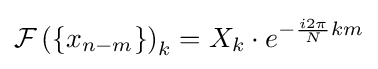
{\mathcal {F}}\left(\left\{x_{n-m}\right\}\right)_{k}=X_{k}\cdot e^{-{\frac {i2\pi }{N}}km}